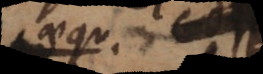
aequ. ce